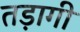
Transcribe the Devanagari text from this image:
तड़ागी